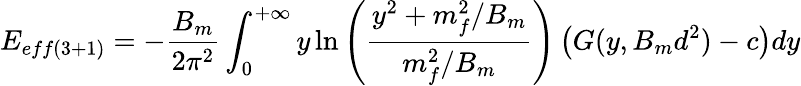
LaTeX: E_{eff(3+1)}=-\frac{B_{m}}{2\pi^{2}}\int_{0}^{+\infty}y\ln\left(\frac{y^{2}+m_{f}^{2}/B_{m}}{m_{f}^{2}/B_{m}}\right)\left(G(y,B_{m}d^{2})-c\right)dy